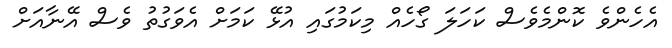
އެހެންވެ ކޮންމެވެސް ކަހަލަ ގޯހެއް މިކަމުގައި އުޅޭ ކަމަށް އެވަގުތު ވެސް އޭނާއަށް